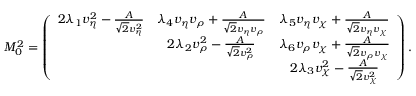
M _ { 0 } ^ { 2 } = \left( \begin{array} { c c c } { { 2 \lambda _ { 1 } v _ { \eta } ^ { 2 } - \frac { A } { \sqrt 2 v _ { \eta } ^ { 2 } } } } & { { \lambda _ { 4 } v _ { \eta } v _ { \rho } + \frac { A } { \sqrt 2 v _ { \eta } v _ { \rho } } } } & { { \lambda _ { 5 } v _ { \eta } v _ { \chi } + \frac { A } { \sqrt 2 v _ { \eta } v _ { \chi } } } } \\ { { } } & { { 2 \lambda _ { 2 } v _ { \rho } ^ { 2 } - \frac { A } { \sqrt 2 v _ { \rho } ^ { 2 } } } } & { { \lambda _ { 6 } v _ { \rho } v _ { \chi } + \frac { A } { \sqrt 2 v _ { \rho } v _ { \chi } } } } \\ { { } } & { { } } & { { 2 \lambda _ { 3 } v _ { \chi } ^ { 2 } - \frac { A } { \sqrt 2 v _ { \chi } ^ { 2 } } } } \end{array} \right) .